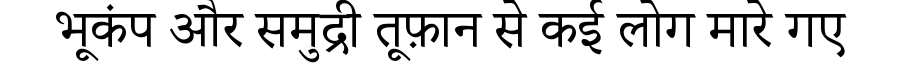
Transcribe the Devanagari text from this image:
भूकंप और समुद्री तूफ़ान से कई लोग मारे गए